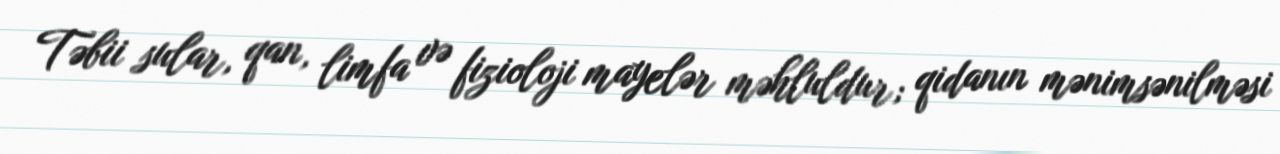
Təbii sular, qan, limfa və fizioloji mayelər məhluldur; qidanın mənimsənilməsi